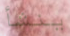
ينشأ